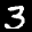
Label: 3